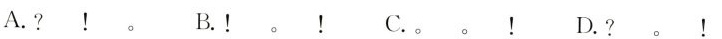
A.？！。 B.！。！ C.。。！ D.？。!